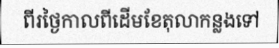
ពីរថ្ងៃកាលពីដើមខែតុលាកន្លងទៅ